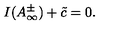
I ( A _ { \infty } ^ { \pm } ) + \tilde { c } = 0 .